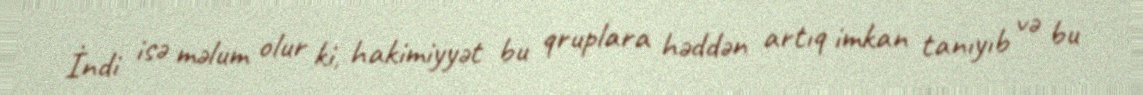
İndi isə məlum olur ki, hakimiyyət bu qruplara həddən artıq imkan tanıyıb və bu